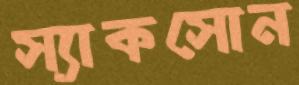
স্যাকসোন